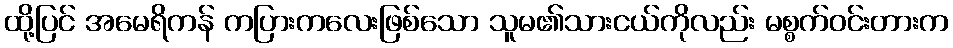
ထို့ပြင် အမေရိကန် ကပြားကလေးဖြစ်သော သူမ၏သားငယ်ကိုလည်း မစ္စက်ဝင်းတားက